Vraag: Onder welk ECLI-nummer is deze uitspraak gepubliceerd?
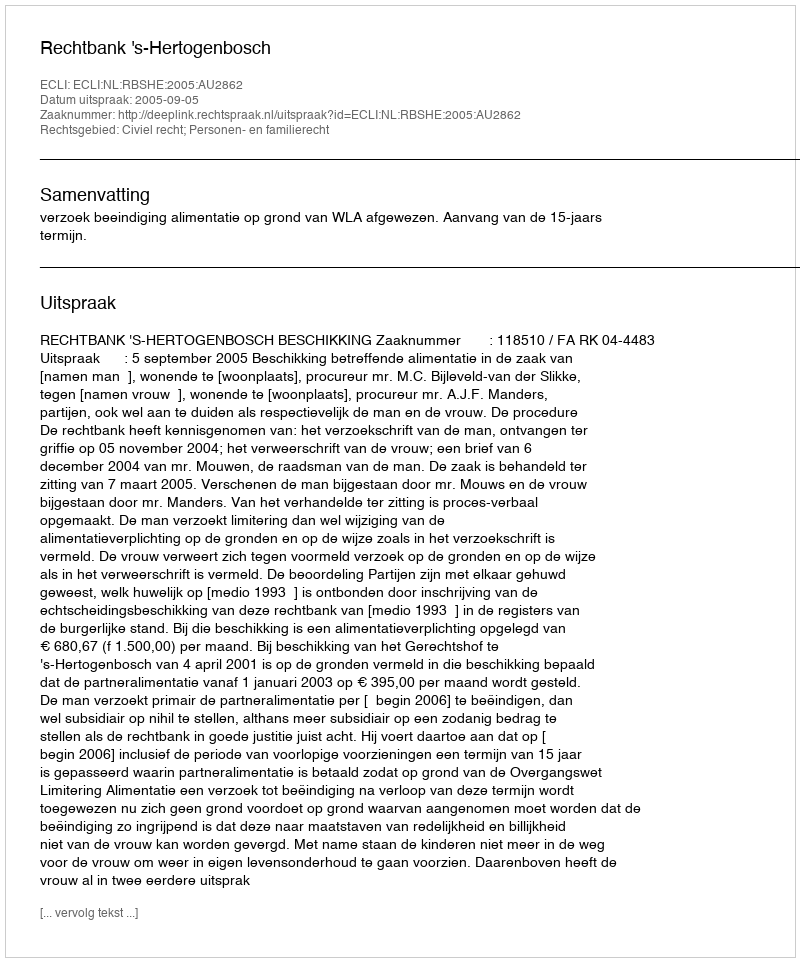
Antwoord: ECLI:NL:RBSHE:2005:AU2862